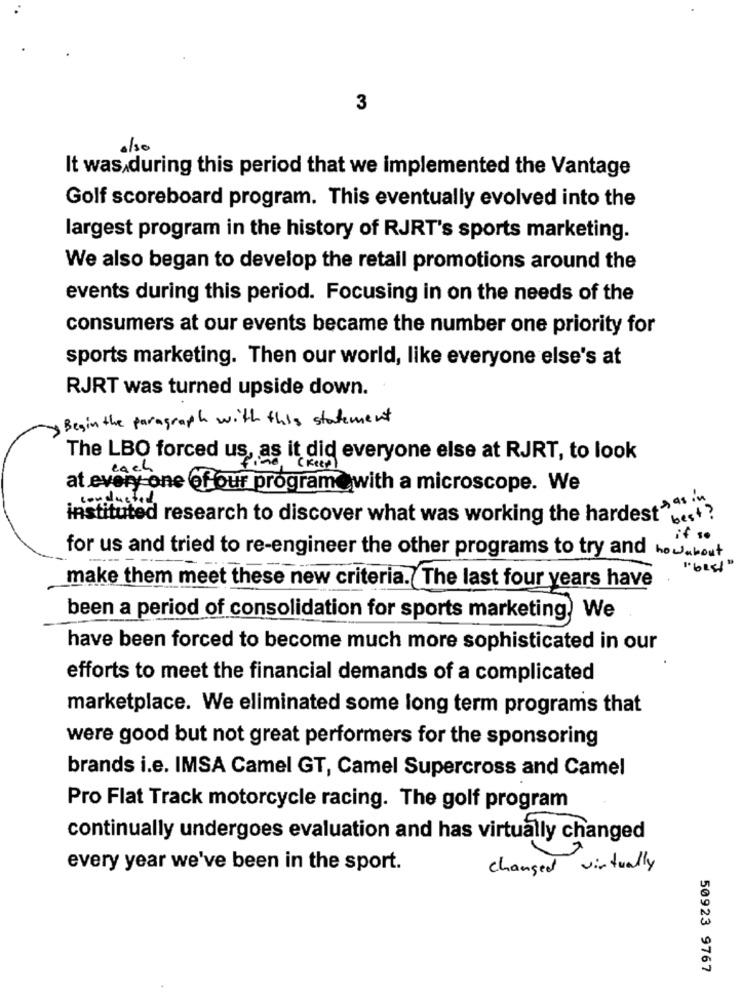
3
also
It was during this period that we implemented the Vantage
Golf scoreboard program. This eventually evolved into the
largest program in the history of RJRT's sports marketing.
We also began to develop the retail promotions around the
events during this period. Focusing in on the needs of the
consumers at our events became the number one priority for
sports marketing. Then our world, like everyone else's at
RJRT was turned upside down.
Begin the paragraph with this statement
The LBO forced us, as it did everyone else at RJRT, to look
at every one of our program@ with a microscope. We
conducted.
instituted research to discover what was working the hardest> " "-
if so
for us and tried to re-engineer the other programs to try and howabout
"6251"
make them meet these new criteria. The last four years have
been a period of consolidation for sports marketing, We
have been forced to become much more sophisticated in our
efforts to meet the financial demands of a complicated
marketplace. We eliminated some long term programs that
were good but not great performers for the sponsoring
brands i.e. IMSA Camel GT, Camel Supercross and Camel
Pro Flat Track motorcycle racing. The golf program
continually undergoes evaluation and has virtually changed
every year we've been in the sport.
changed virtually
50923 9767